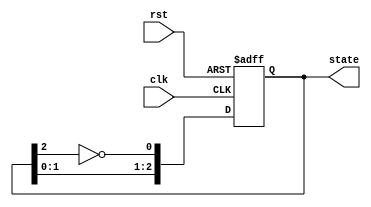
module JohnsonCounter (
    input wire clk,          // Clock input
    input wire rst,          // Asynchronous reset
    output reg [2:0] state   // Current state output (3 bits for 3-bit counter)
);

// State transition when the clock signal rises
always @(posedge clk or posedge rst) begin
    if (rst) begin
        // Asynchronous reset
        state <= 3'b000;  // Initialize state to 000
    end else begin
        // Johnson counter state transition
        state <= {state[1:0], ~state[2]}; // Shift left and feed inverted last bit
    end
end

endmodule